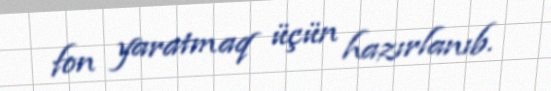
fon yaratmaq üçün hazırlanıb.